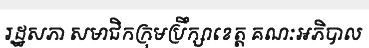
រដ្ឋសភា សមាជិកក្រុមប្រឹក្សាខេត្ត គណៈអភិបាល